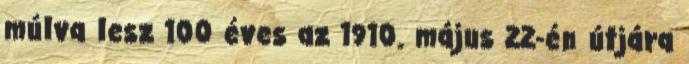
múlva lesz 100 éves az 1910. május 22-én útjára